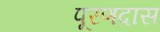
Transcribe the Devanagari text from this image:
पूरणदास